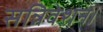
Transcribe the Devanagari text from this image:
सन्निवेशन।